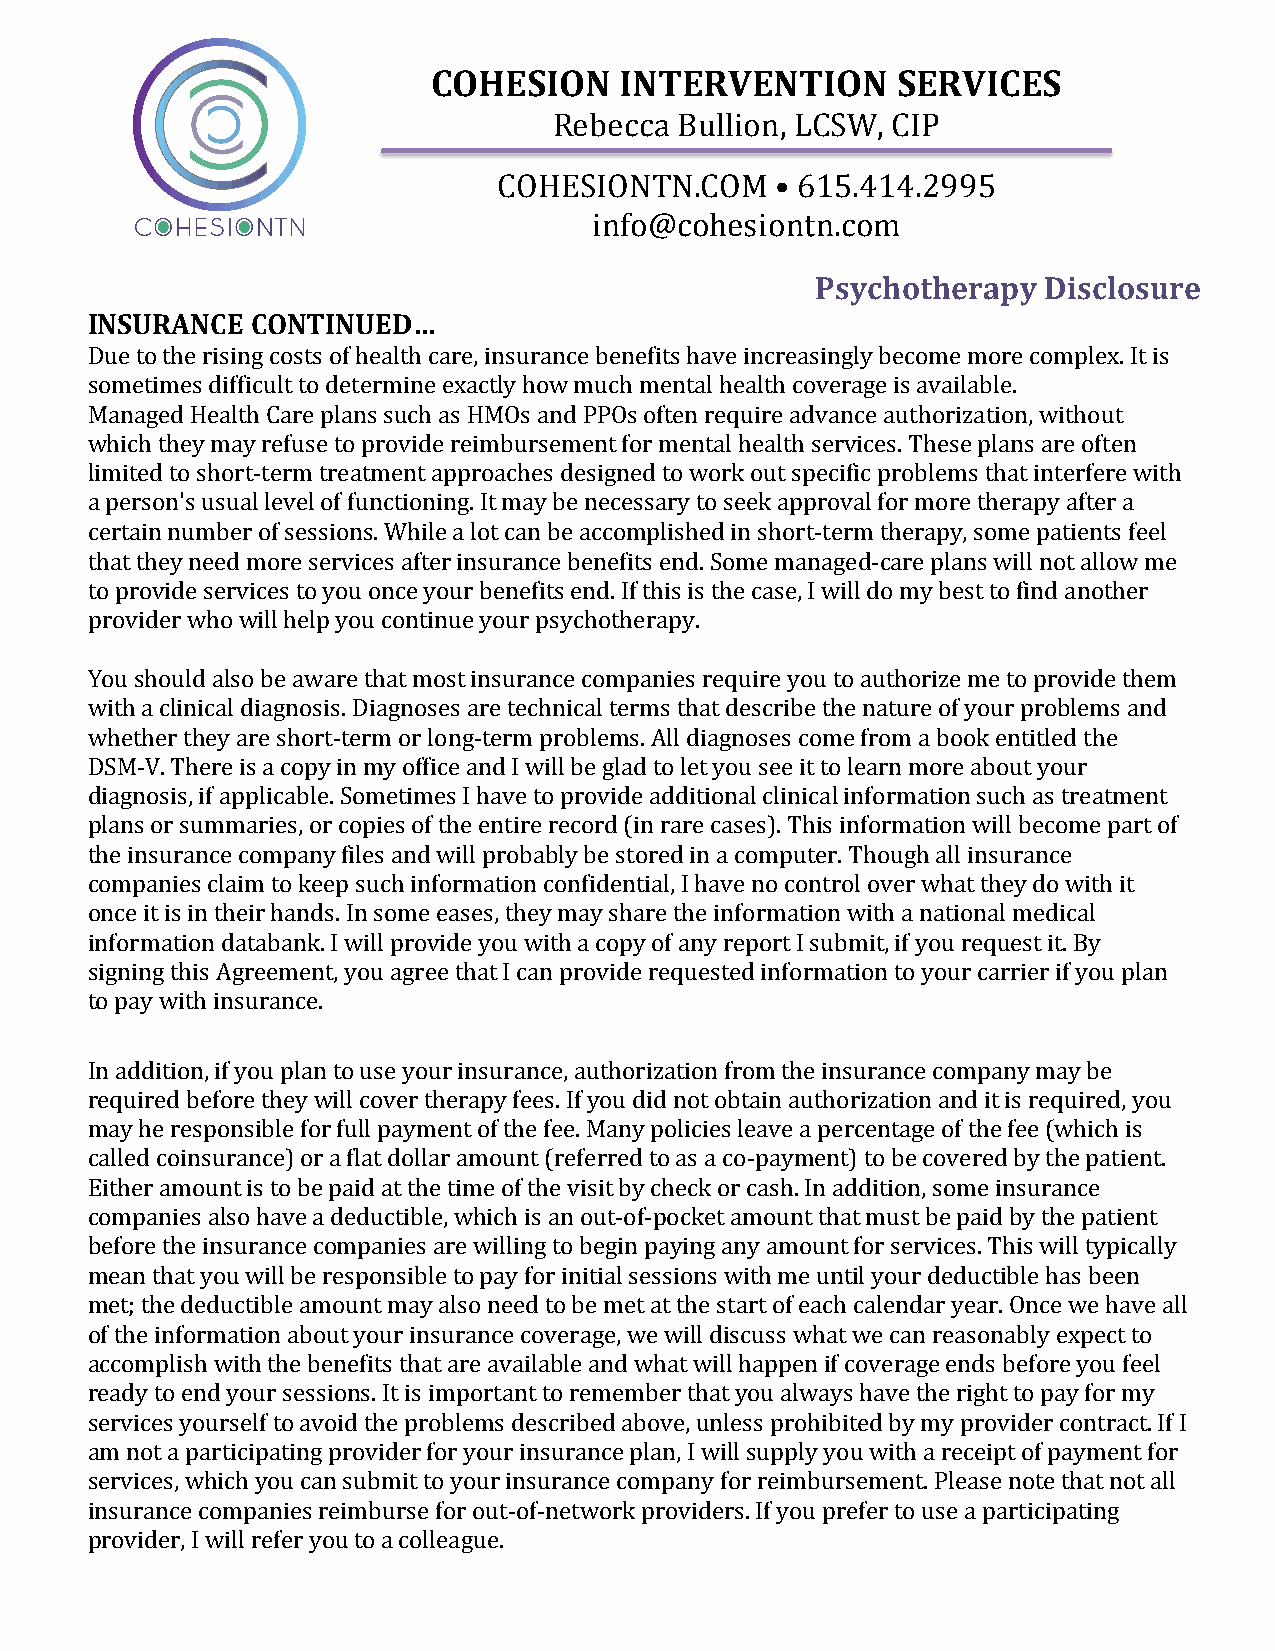
COHESION    INTERVENTION      SERVICES
 Rebecca Bullion, LCSW, CIP
 COHESIONTN.COM    • 615.414.2995
 info@cohesiontn.com
 Psychotherapy  Disclosure
 INSURANCE  CONTINUED…
 Due to the rising costs of health care, insurance benefits have increasingly become more complex. It is
 sometimes difficult to determine exactly how much mental health coverage is available.
 Managed Health Care plans such as HMOs and PPOs often require advance authorization, without
 which they may refuse to provide reimbursement for mental health services. These plans are often
 limited to short-term treatment approaches designed to work out specific problems that interfere with
 a person's usual level of functioning. It may be necessary to seek approval for more therapy after a
 certain number of sessions. While a lot can be accomplished in short-term therapy, some patients feel
 that they need more services after insurance benefits end. Some managed-care plans will not allow me
 to provide services to you once your benefits end. If this is the case, I will do my best to find another
 provider who will help you continue your psychotherapy.
 You should also be aware that most insurance companies require you to authorize me to provide them
 with a clinical diagnosis. Diagnoses are technical terms that describe the nature of your problems and
 whether they are short-term or long-term problems. All diagnoses come from a book entitled the
 DSM-V. There is a copy in my office and I will be glad to let you see it to learn more about your
 diagnosis, if applicable. Sometimes I have to provide additional clinical information such as treatment
 plans or summaries, or copies of the entire record (in rare cases). This information will become part of
 the insurance company files and will probably be stored in a computer. Though all insurance
 companies claim to keep such information confidential, I have no control over what they do with it
 once it is in their hands. In some eases, they may share the information with a national medical
 information databank. I will provide you with a copy of any report I submit, if you request it. By
 signing this Agreement, you agree that I can provide requested information to your carrier if you plan
 to pay with insurance.
 In addition, if you plan to use your insurance, authorization from the insurance company may be
 required before they will cover therapy fees. If you did not obtain authorization and it is required, you
 may he responsible for full payment of the fee. Many policies leave a percentage of the fee (which is
 called coinsurance) or a flat dollar amount (referred to as a co-payment) to be covered by the patient.
 Either amount is to be paid at the time of the visit by check or cash. In addition, some insurance
 companies also have a deductible, which is an out-of-pocket amount that must be paid by the patient
 before the insurance companies are willing to begin paying any amount for services. This will typically
 mean that you will be responsible to pay for initial sessions with me until your deductible has been
 met; the deductible amount may also need to be met at the start of each calendar year. Once we have all
 of the information about your insurance coverage, we will discuss what we can reasonably expect to
 accomplish with the benefits that are available and what will happen if coverage ends before you feel
 ready to end your sessions. It is important to remember that you always have the right to pay for my
 services yourself to avoid the problems described above, unless prohibited by my provider contract. If I
 am not a participating provider for your insurance plan, I will supply you with a receipt of payment for
 services, which you can submit to your insurance company for reimbursement. Please note that not all
 insurance companies reimburse for out-of-network providers. If you prefer to use a participating
 provider, I will refer you to a colleague.